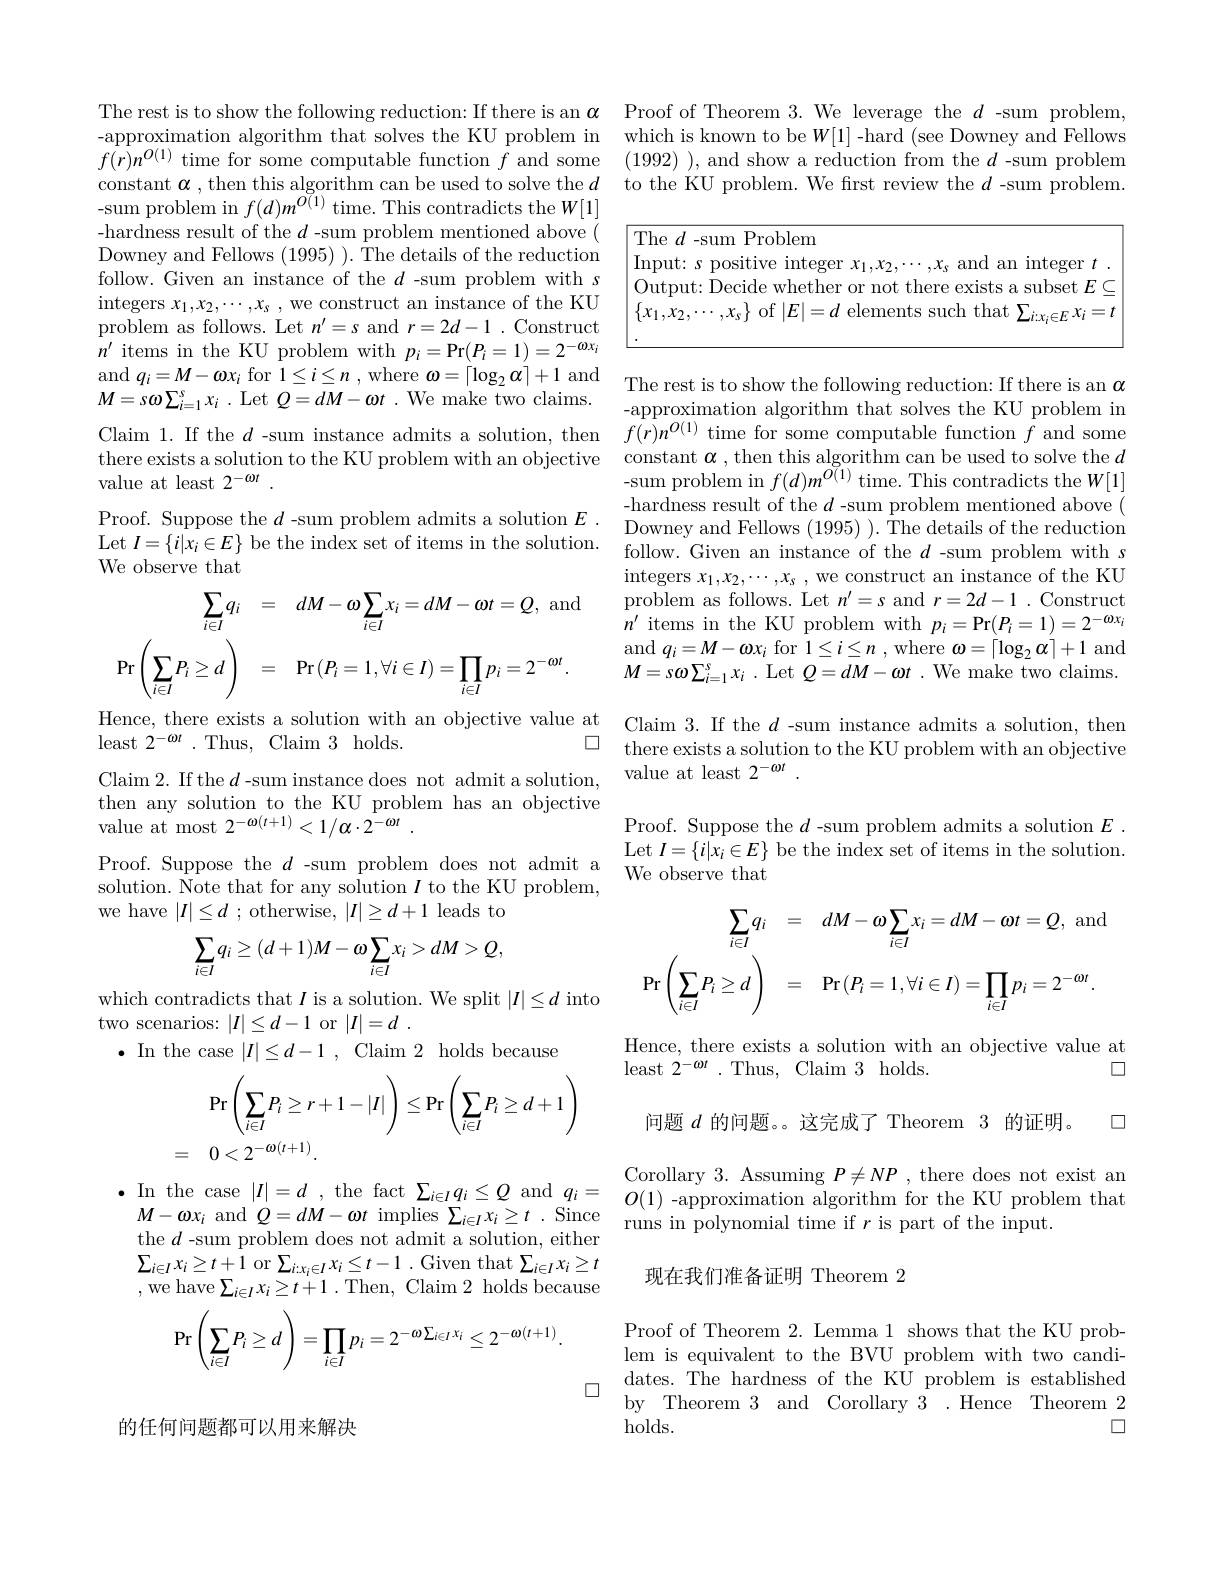
-approximation algorithm that solves the KU problem in constant $\alpha$, then this algorithm can be used to solve the $d$ sum problem in $f(d)m^{O(1)}$ time. This contradicts the $W[1]$ -hardness result of the $d$ -sum problem mentioned above ( Downey and Fellows (1995) ). The details of the reduction follow. Given an instance of the $d$ -sum problem with $s$ integers $x_1,x_2,\cdots,x_s$ , we construct an instance of the KU problem as follows. Let $n^\prime=s$ and $r=2d-1.$ Construct $n^{\prime}$ items in the KU problem with $p_i=\Pr(P_{i}=1)=2^{-\omega x_{i}}$ and $q_i=M-\omega x_i$ for $1\leq i\leq n$ , where $\omega=\lceil\log_2\alpha\rceil+1$ and $M= s\boldsymbol{\omega }\sum _{i= 1}^{s}x_{i}$ . Let $Q= dM- \boldsymbol{\omega }t$ . We make two claims. Claim 1. If the $d$ -sum instance admits a solution, then $f(r)n^O(1)$ time for some computable function $f$ and some
there exists a solution to the KU problem with an objective
value at least $2^-\omega t$
Proof. Suppose the $d$ -sum problem admits a solution $E.$
Let $I=\{i|x_{i}\in E\}$ be the index set of items in
We observe that
$$\begin{aligned}\sum_{i\in I}q_{i}&=\quad dM-\omega\sum_{i\in I}x_{i}=dM-\omega t=Q,\:\mathrm{and}\\\Pr\left(\sum_{i\in I}P_{i}\geq d\right)&=\quad\Pr\left(P_{i}=1,\forall i\in I\right)=\prod_{i\in I}p_{i}=2^{-\omega t}.\end{aligned}$$
Hence, there exists a solution with an objective value at
□
least $2^{-\omega t}.$ Thus, Claim 3 holds.
Claim 2. If the $d$-sum instance does not admit a solution, then any solution to the KU problem has an objective value at most $2^- \omega ( t+ 1) < 1/ \alpha \cdot 2^{- \omega t}$ .
Proof. Suppose the $d$ -sum problem does not admit a solution. Note that for any solution $I$ to the KU problem, we have $|I|\leq d$ ; otherwise, $|I|\geq d+1$ leads to
$$\sum_{i\in I}q_{i}\geq(d+1)M-\omega\sum_{i\in I}x_{i}>dM>Q,$$
which contradicts that $I$ is a solution. We split $|I|\leq d$ into
two scenarios: $|I|\leq d-1$ or $|I|=d$
$\bullet$ In the case $|I|\leq d-1$, Claim 2 holds because
$$\begin{aligned}&\Pr\left(\sum_{i\in I}P_i\geq r+1-|I|\right)\leq\Pr\left(\sum_{i\in I}P_i\geq d+1\right)\\&=\quad0<2^{-\omega(t+1)}.\end{aligned}$$
$M-\omega x_{i}$ and $Q=dM-\omega t$ implies $\Sigma_i\in Ix_{i}\geq t.$ Since the $d$ -sum problem does not admit a solution, either $\sum_{i\in I}x_{i}\geq t+1$ or $\sum_{i:x_{i}\in I}x_{i}\leq t-1$ .Given that $\sum_i\in Ix_{i}\geq t$ ,we have$\sum_i\in Ix_i\geq t+1.$Then, Claim 2 holds because
$$\Pr\left(\sum_{i\in I}P_i\ge d\right)=\prod_{i\in I}p_i=2^{-\omega\sum_{i\in I}x_i}\le2^{-\omega(t+1)}.$$
口

的任何问题都可以用来解决

The rest is to show the following reduction: If there is an $\alpha$ Proof of Theorem 3. We leverage the $d$ -sum problem,
which is known to be $W[1]$ -hard (see Downey and Fellows
$f(r)n^{O(1)}$ time for some computable function $f$ and some (1992)), and show a reduction from the $d$ -sum problem
to the KU problem. We first review the $d$ -sum problem

<table>
	<tbody>
		<tr>
			<td>$I_1$ 1 1 1</td>
			<td>$20sitive$ , integer and an $1mte$ 50 </td>
		</tr>
		<tr>
			<td>r</td>
			<td>of $|E|=d$ elements such that $\Sigma$ $\mathbf{r} _{: }\in F$ $X_{i}=$</td>
		</tr>
	</tbody>
</table>

The rest is to show the following reduction: If there is an $\alpha$ -approximation algorithm that solves the KU problem in constant $\alpha$ , then this algorithm can be used to solve the $d$ - sum problem in $f( d) m^{O( 1) }$time. This contradicts the $W[1]$ -hardness result of the $d$ -sum problem mentioned above ( Downey and Fellows (1995) ). The details of the reduction integers $x_1,x_2,\cdots,x_s$ , we construct an instance of the KU problem as follows. Let $n^\prime=s$ and $r=2d-1.$ Construct $n^{\prime}$ items in the KU problem with $p_i=\Pr(P_i=1)=2^{-\omega x_i}$ and $q_i=M-\omega x_i$ for $1\leq i\leq n$ , where $\omega=\lceil\log_2\alpha\rceil+1$ and $M= s\boldsymbol{\omega }\sum _{i= 1}^{s}x_{i}$ .Let$Q= dM- \boldsymbol{\omega }t$ .We make two claims. Claim 3. If the $d$ -sum instance admits a solution, then there exists a solution to the KU problem with an objective value at least 2$^-\omega t$

Proof. Suppose the $d$ -sum problem admits a solution $E.$ Let $I=\{i|x_i\in E\}$ be the index set of items in the solution. We observe that
$$\begin{aligned}\sum_{i\in I}q_{i}&=\quad dM-\omega\sum_{i\in I}x_{i}=dM-\omega t=Q,\:\mathrm{and}\\\Pr\left(\sum_{i\in I}P_{i}\geq d\right)&=\quad\Pr\left(P_{i}=1,\forall i\in I\right)=\prod_{i\in I}p_{i}=2^{-\omega t}.\end{aligned}$$
Hence, there exists a solution with an objective value at
$\square$
least $2^{-\omega t}$ . Thus, Claim 3 holds.

口

问题$d$的问题。。这完成了 Theorem 3 的证明。

Corollary 3. Assuming $P\neq NP$ , there does not exist an
$\bullet$ In the case $| I| = d$ , the fact $\sum _{i\in I}q_{i}\leq Q$ and $q_{i}= O( 1)$ - approximation algorithm for the KU problem that $M= \omega$r and $O= dM- \omega$t implise $\sum _{i}v_{i}\geq t$ Sinco$O( 1)$ - approximation algorithm for the KU problem that
runs in polynomial time if $r$ is part of the input.

## 现在我们准备证明 Theorem 2

Proof of Theorem 2. Lemma 1 shows that the KU problem is equivalent to the BVU problem with two candidates. The hardness of the KU problem is established by Theorem 3 and Corollary 3 .Hence Theorem 2
口
holds.